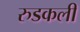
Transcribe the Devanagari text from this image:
रुडकली